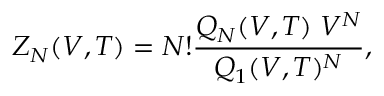
Z _ { N } ( V , T ) = N ! \frac { Q _ { N } ( V , T ) \; V ^ { N } } { Q _ { 1 } ( V , T ) ^ { N } } ,